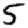
Digit: 5